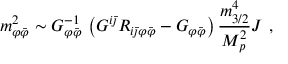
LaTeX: m _ { \varphi { \bar { \varphi } } } ^ { 2 } \sim G _ { \varphi { \bar { \varphi } } } ^ { - 1 } \, \left( G ^ { i { \bar { \jmath } } } R _ { i { \bar { \jmath } } \varphi { \bar { \varphi } } } - G _ { \varphi { \bar { \varphi } } } \right) { \frac { m _ { 3 / 2 } ^ { 4 } } { M _ { p } ^ { 2 } } } { \cal J } \ ,